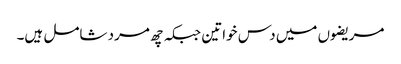
مریضوں میں دس خواتین جبکہ چھ مرد شامل ہیں۔